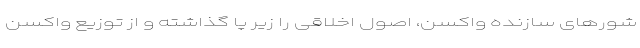
شورهای سازنده واکسن، اصول اخلاقی را زیر پا گذاشته و از توزیع واکسن